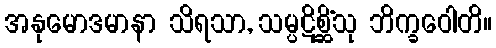
အနုမောဒမာနာ သိရသာ, သမ္ပဋိစ္ဆိံသု ဘိက္ခဝေါတိ။